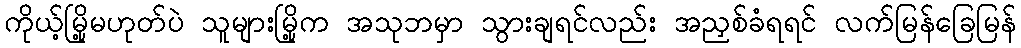
ကိုယ့်မြို့မဟုတ်ပဲ သူများမြို့က အသုဘမှာ သွားချရင်လည်း အညှစ်ခံရရင် လက်မြန်ခြေမြန်